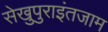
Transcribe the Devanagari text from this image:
सेखुपुराइंतजाम